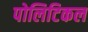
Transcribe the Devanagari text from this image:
पोलिटिकल